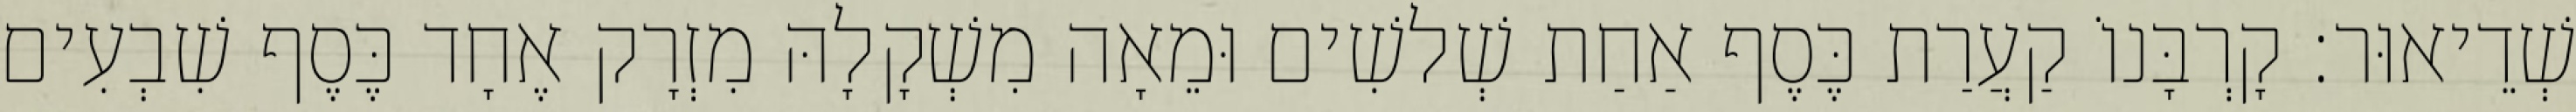
שְׁדֵיאוּר׃ קָרְבָּנוֹ קַעֲרַת כֶּסֶף אַחַת שְׁלשִׁים וּמֵאָה מִשְׁקָלָהּ מִזְרָק אֶחָד כֶּסֶף שִׁבְעִים